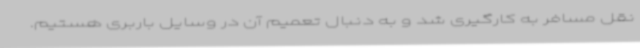
نقل مسافر به کارگیری شد و به دنبال تعمیم آن در وسایل باربری هستیم.